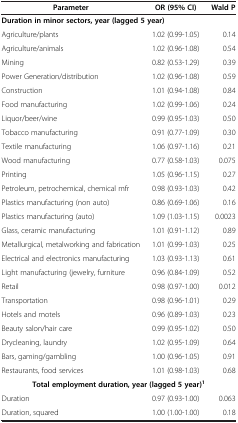
<table><thead><tr><td><b>Parameter</b></td><td><b>OR (95% CI)</b></td><td><b>Wald P</b></td></tr></thead><tbody><tr><td colspan="3"><b>Duration in minor sectors, year (lagged 5 year)</b></td></tr><tr><td>Agriculture/plants</td><td>1.02 (0.99-1.05)</td><td>0.14</td></tr><tr><td>Agriculture/animals</td><td>1.02 (0.96-1.08)</td><td>0.54</td></tr><tr><td>Mining</td><td>0.82 (0.53-1.29)</td><td>0.39</td></tr><tr><td>Power Generation/distribution</td><td>1.02 (0.96-1.08)</td><td>0.59</td></tr><tr><td>Construction</td><td>1.01 (0.94-1.08)</td><td>0.84</td></tr><tr><td>Food manufacturing</td><td>1.02 (0.99-1.06)</td><td>0.24</td></tr><tr><td>Liquor/beer/wine</td><td>0.99 (0.95-1.03)</td><td>0.50</td></tr><tr><td>Tobacco manufacturing</td><td>0.91 (0.77-1.09)</td><td>0.30</td></tr><tr><td>Textile manufacturing</td><td>1.06 (0.97-1.16)</td><td>0.21</td></tr><tr><td>Wood manufacturing</td><td>0.77 (0.58-1.03)</td><td>0.075</td></tr><tr><td>Printing</td><td>1.05 (0.96-1.15)</td><td>0.27</td></tr><tr><td>Petroleum, petrochemical, chemical mfr</td><td>0.98 (0.93-1.03)</td><td>0.42</td></tr><tr><td>Plastics manufacturing (non auto)</td><td>0.86 (0.69-1.06)</td><td>0.16</td></tr><tr><td>Plastics manufacturing (auto)</td><td>1.09 (1.03-1.15)</td><td>0.0023</td></tr><tr><td>Glass, ceramic manufacturing</td><td>1.01 (0.91-1.12)</td><td>0.89</td></tr><tr><td>Metallurgical, metalworking and fabrication</td><td>1.01 (0.99-1.03)</td><td>0.25</td></tr><tr><td>Electrical and electronics manufacturing</td><td>1.03 (0.93-1.13)</td><td>0.61</td></tr><tr><td>Light manufacturing (jewelry, furniture</td><td>0.96 (0.84-1.09)</td><td>0.52</td></tr><tr><td>Retail</td><td>0.98 (0.97-1.00)</td><td>0.012</td></tr><tr><td>Transportation</td><td>0.98 (0.96-1.01)</td><td>0.29</td></tr><tr><td>Hotels and motels</td><td>0.96 (0.89-1.03)</td><td>0.23</td></tr><tr><td>Beauty salon/hair care</td><td>0.99 (0.95-1.02)</td><td>0.50</td></tr><tr><td>Drycleaning, laundry</td><td>1.02 (0.95-1.09)</td><td>0.64</td></tr><tr><td>Bars, gaming/gambling</td><td>1.00 (0.96-1.05)</td><td>0.91</td></tr><tr><td>Restaurants, food services</td><td>1.01 (0.98-1.03)</td><td>0.68</td></tr><tr><td colspan="3"><b>Total employment duration, year (lagged 5 year)</b><sup><b>1</b></sup></td></tr><tr><td>Duration</td><td>0.97 (0.93-1.00)</td><td>0.063</td></tr><tr><td>Duration, squared</td><td>1.00 (1.00-1.00)</td><td>0.18</td></tr></tbody></table>